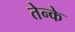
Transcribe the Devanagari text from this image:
तेन्के